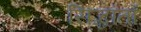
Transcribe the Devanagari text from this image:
सिद्धांतॉ